Problem: 20 ÷ 2 = ?
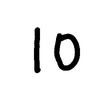
Handwritten answer: 10